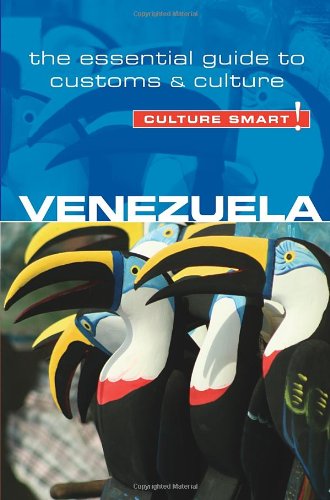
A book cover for Venezuela - Culture Smart!: The Essential Guide to Customs & Culture; Russell Maddicks; Travel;